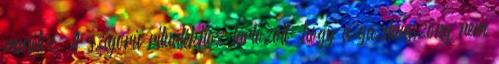
remélve. A szigorú rituálékhoz tartozott, hogy a gazdaasszony nem